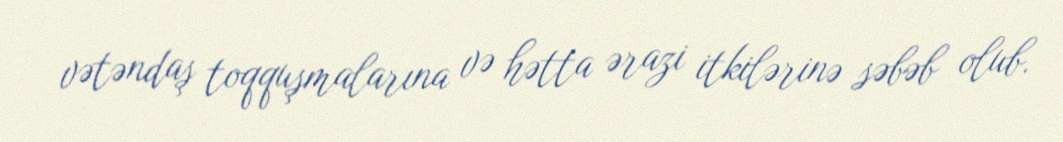
vətəndaş toqquşmalarına və hətta ərazi itkilərinə səbəb olub.